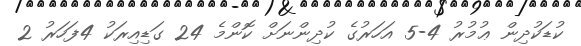
ކުޑަކުދިން ޢުމުރު 4-5 އަހަރުގެ ކުދިންނަށް ކޮންމެ 24 ގަޑިއިރަކު 4ފަހަރު 2